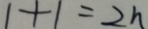
1 + 1 = 2 h